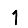
Digit: 1